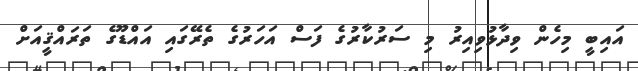
އައިބީ މިހެން ވިދާޅުވިއިރު މި ސަރުކާރުގެ ފަސް އަހަރުގެ ތެރޭގައި އައްޑޫގެ ތަރައްޤީއަށް